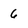
Character: 6